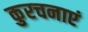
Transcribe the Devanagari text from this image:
कुरचनाएं